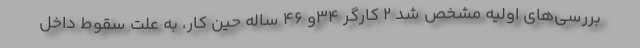
بررسی‌های اولیه مشخص شد ۲ کارگر ۳۴و ۴۶ ساله حین کار، به علت سقوط داخل